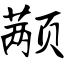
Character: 颟